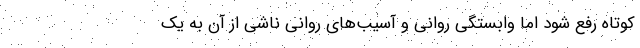
کوتاه رفع شود اما وابستگی روانی و آسیب‌های روانی ناشی از آن به یک